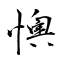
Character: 懊